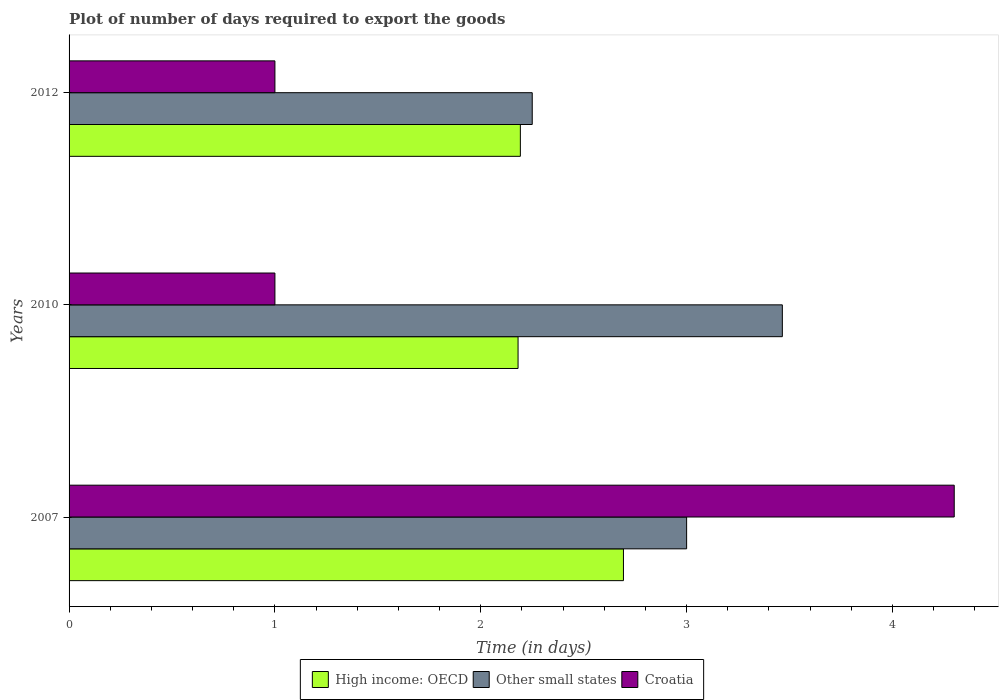
| Years | High income: OECD | Other small states | Croatia |
 | --- | --- | --- | --- |
 | 2007 | 2.69 | 3 | 4.3 |
 | 2010 | 2.18 | 3.46 | 1 |
 | 2012 | 2.19 | 2.25 | 1 |